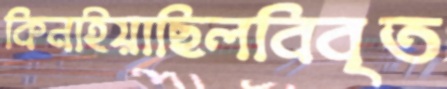
কিনাইয়াছিলবিবৃত